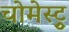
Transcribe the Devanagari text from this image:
चोमेस्ट्रु